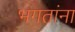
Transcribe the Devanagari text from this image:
भगतांना